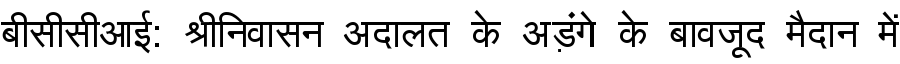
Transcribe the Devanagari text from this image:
बीसीसीआई: श्रीनिवासन अदालत के अड़ंगे के बावजूद मैदान में